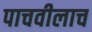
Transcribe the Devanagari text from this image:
पाचवीलाच